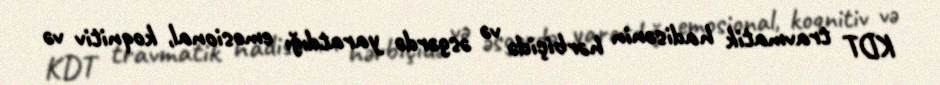
KDT travmatik hadisənin hərbiçidə və əsgərdə yaratdığı emosional, koqnitiv və